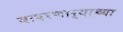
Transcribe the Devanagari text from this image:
बापरणार्‍याच्या